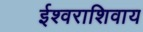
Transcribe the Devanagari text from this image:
ईश्वराशिवाय